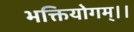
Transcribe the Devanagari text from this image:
भक्तियोगम्‌।।